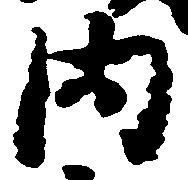
内